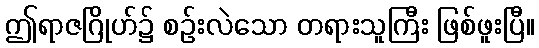
ဤရာဇဂြိုဟ်၌ စဉ်းလဲသော တရားသူကြီး ဖြစ်ဖူးပြီ။